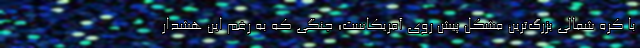
با کره شمالی بزرگ‌ترین مشکل پیش روی آمریکاست؛ جنگی که به رغم این هشدار